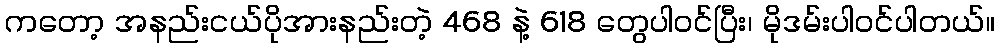
ကတော့ အနည်းငယ်ပိုအားနည်းတဲ့ 468 နဲ့ 618 တွေပါဝင်ပြီး၊ မိုဒမ်းပါဝင်ပါတယ်။